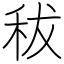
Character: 秡